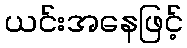
ယင်းအနေဖြင့်